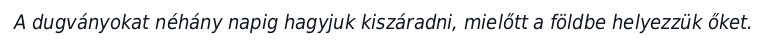
A dugványokat néhány napig hagyjuk kiszáradni, mielőtt a földbe helyezzük őket.